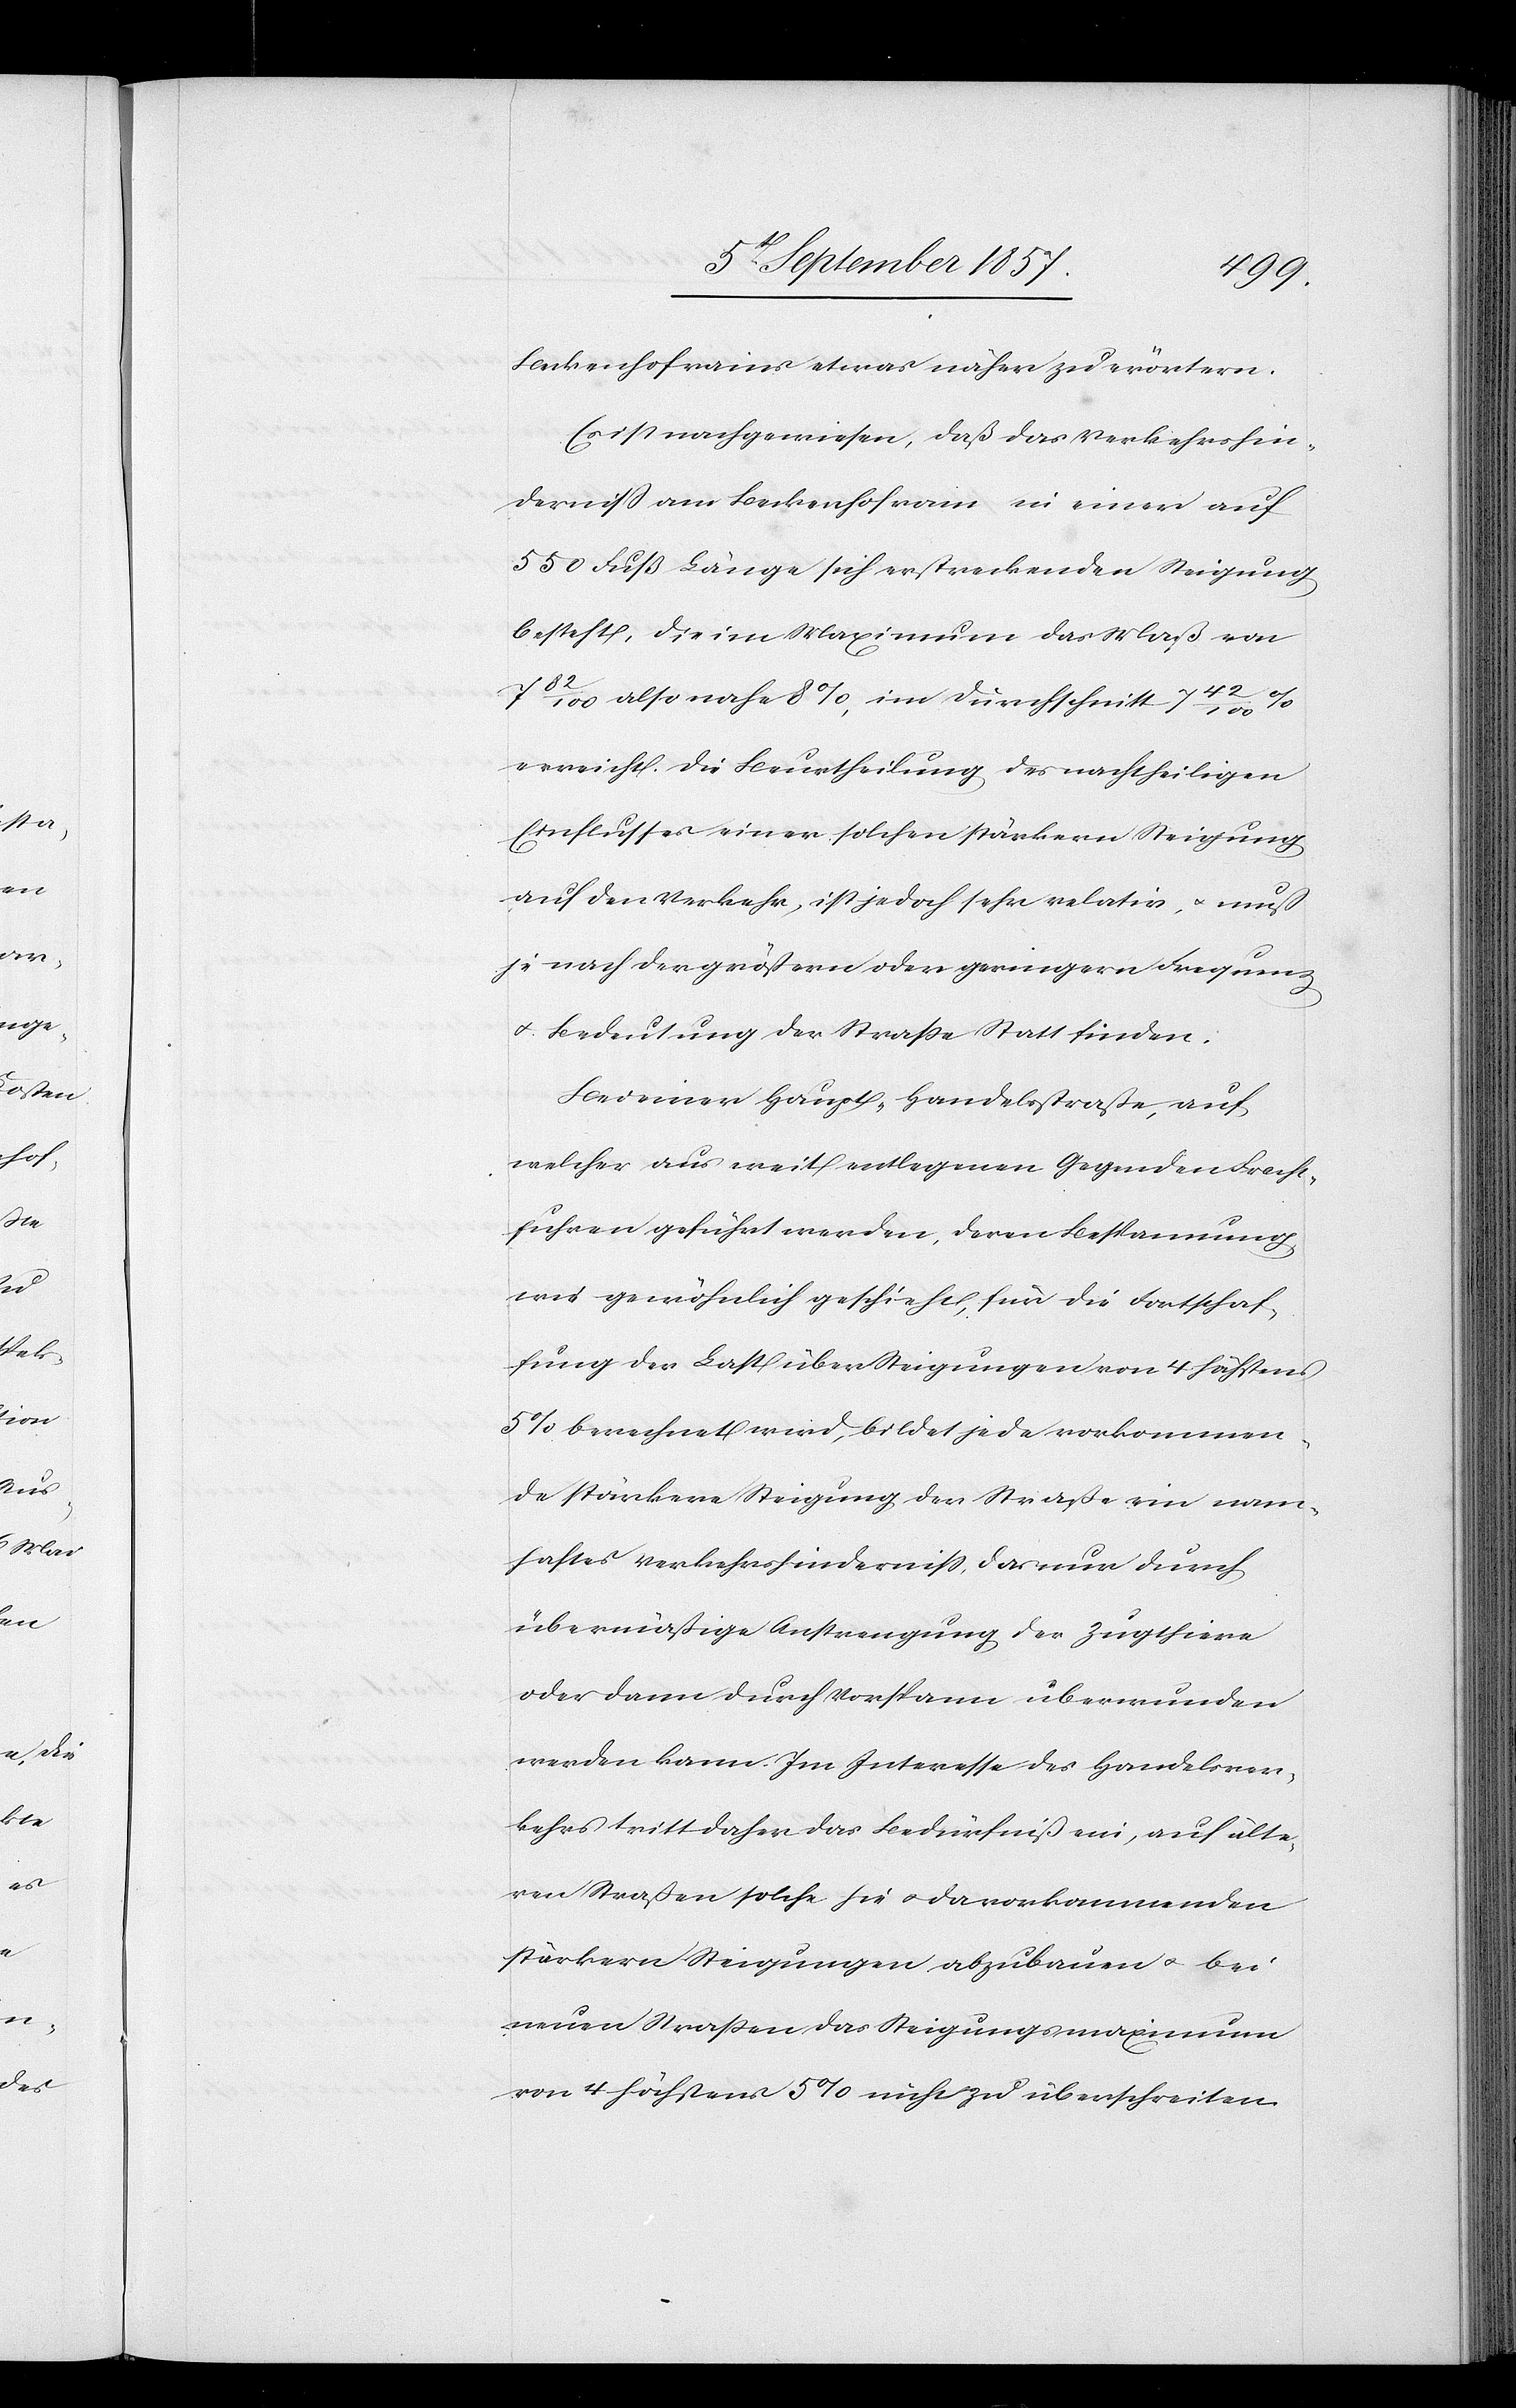
Beckenhofrains etwas näher zu erörtern.
Es ist nachgewiesen, daß das Verkehrshin¬
derniß am Beckenhofrain in einer auf
550 Fuß Länge sich erstreckenden Steigung
besteht, die im Maximum das Maß von
7 82/100 also 8%, im Durchschnitt 7
erreicht. Die Beurtheilung des nachtheiligen
Einflusses einer solchen stärkeren Steigung
auf den Verkehr, ist jedoch sehr relativ, & muß
je nach der größern oder geringern Frequenz
& Bedeutung der Straße Statt finden.
Bei einer Haupt-Handelsstraße, auf
welcher aus weit entlegenen Gegenden Fracht¬
fuhren geführt werden, deren Bespannung
wie gewöhnlich geschieht, für die Fortschaf¬
fung der Last über Steigungen von 4 höchstens
5% berechnet wird, bildet jede vorkommen¬
de stärkere Steigung der Straße ein nam¬
haftes Verkehrshinderniß, das nur durch
übermäßige Anstrengung der Zugthiere
oder dann durch Vorspann überwunden
werden kann. Im Interesse des Handelsver¬
kehrs tritt daher das Bedürfniß ein, auf älte¬
ren Straßen solche hie & da vorkommenden
stärkern Steigungen abzubauen & bei
neuen Straßen das Steigungsmaximum
von 4 höchstens 5% nicht zu überschreiten.